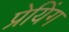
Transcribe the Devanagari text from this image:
प्रेयिंग